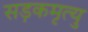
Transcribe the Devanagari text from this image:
सड़कमृत्यु